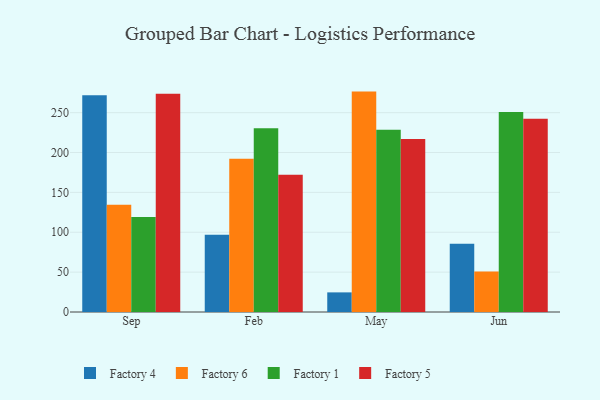
{"axis": {"x": "Month", "y": "Temperature (°C)"}, "legend": ["Factory 1", "Factory 4", "Factory 5", "Factory 6"], "data": [{"x": "Sep", "y": 271.7, "type": "Factory 4"}, {"x": "Sep", "y": 134.6, "type": "Factory 6"}, {"x": "Sep", "y": 119.1, "type": "Factory 1"}, {"x": "Sep", "y": 273.8, "type": "Factory 5"}, {"x": "Feb", "y": 97.0, "type": "Factory 4"}, {"x": "Feb", "y": 192.2, "type": "Factory 6"}, {"x": "Feb", "y": 230.5, "type": "Factory 1"}, {"x": "Feb", "y": 172.2, "type": "Factory 5"}, {"x": "May", "y": 24.6, "type": "Factory 4"}, {"x": "May", "y": 276.4, "type": "Factory 6"}, {"x": "May", "y": 228.6, "type": "Factory 1"}, {"x": "May", "y": 216.9, "type": "Factory 5"}, {"x": "Jun", "y": 85.5, "type": "Factory 4"}, {"x": "Jun", "y": 50.7, "type": "Factory 6"}, {"x": "Jun", "y": 250.8, "type": "Factory 1"}, {"x": "Jun", "y": 242.5, "type": "Factory 5"}]}